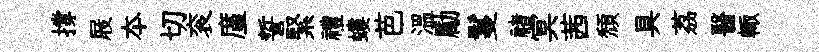
撐屐夲切衮廑誓緊禮螻芭温勵鬘禇㝠茜頽具荔醫輙